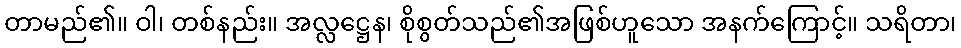
တာမည်၏။ ဝါ၊ တစ်နည်း။ အလ္လဋ္ဌေန၊ စိုစွတ်သည်၏အဖြစ်ဟူသော အနက်ကြောင့်။ သရိတာ၊